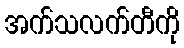
အက်သလက်တီကို